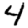
Digit: 4